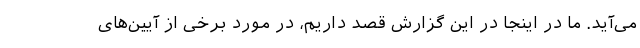
می‌آید. ما در اینجا در این گزارش قصد داریم، در مورد برخی از آیین‌های